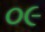
૦૯